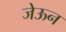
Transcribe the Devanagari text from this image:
जेऊन